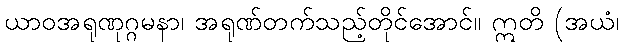
ယာဝအရုဏုဂ္ဂမနာ၊ အရုဏ်တက်သည့်တိုင်အောင်။ ဣတိ (အယံ၊